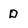
Character: D